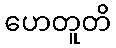
ဟေတူတိ